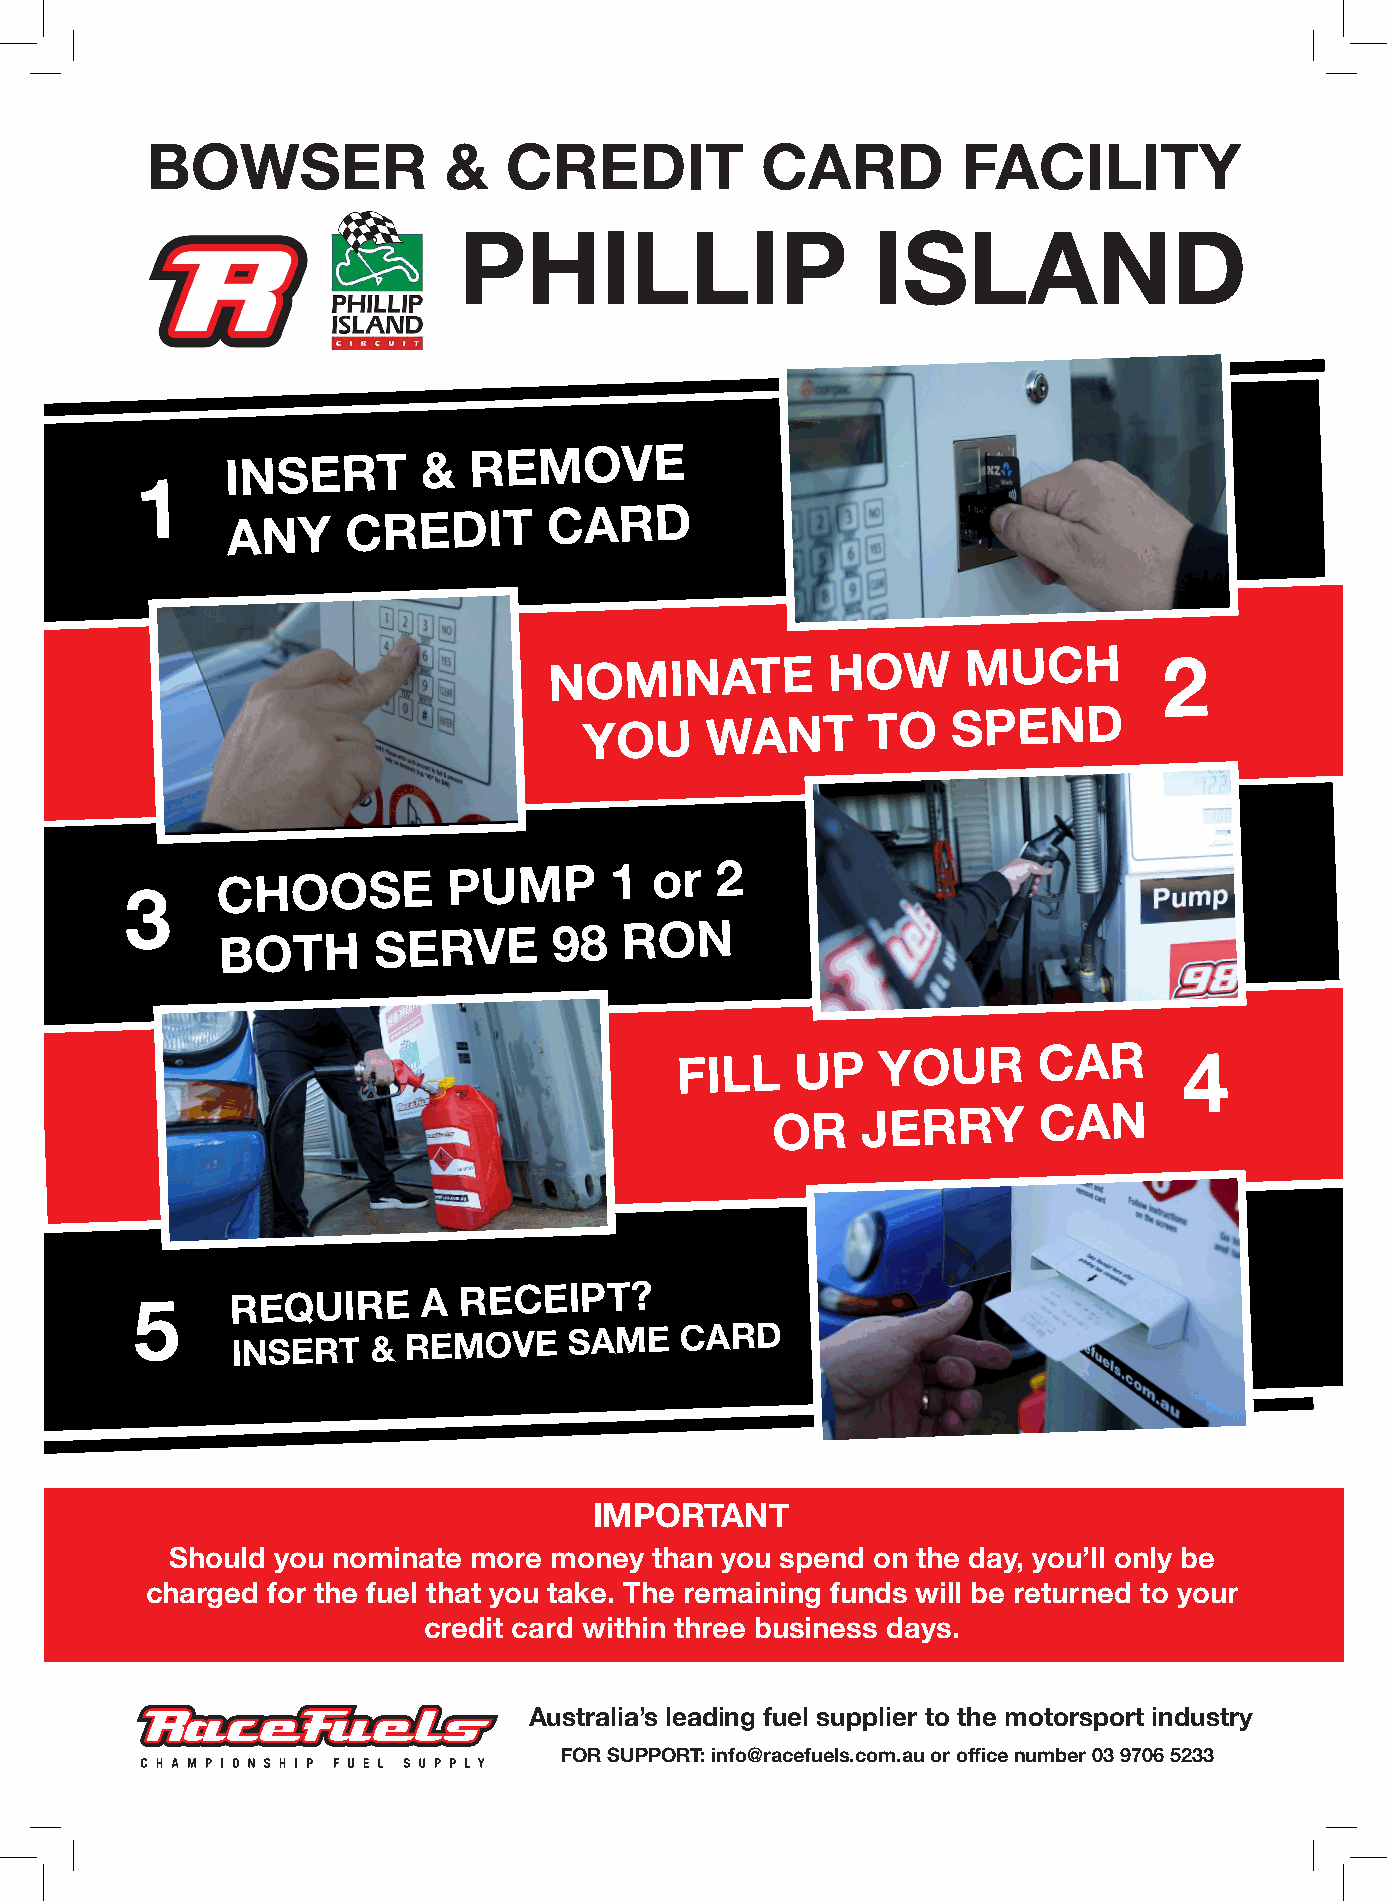
BOWSER             &   CREDIT           CARD          FACILITY
 PHILLIP                     ISLAND
 INSERT       &
 REMOVE
 1
 ANY
 CREDIT       CARD
 NOMINATE           HOW      MUCH
 2
 YOU     WANT       TO
 SPEND
 CHOOSE          PUMP      1  or  2
 3
 BOTH      SERVE       98  RON
 FILL    UP   YOUR       CAR      4
 OR    JERRY       CAN
 REQUIRE      A
 RECEIPT?
 5
 INSERT    & REMOVE     SAME   CARD
 IMPORTANT
 Should you nominate more money  than you spend on the day, you’ll only be
 charged for the fuel that you take. The remaining funds will be returned to your
 credit card within three business days.
 Australia’s leading fuel supplier to the motorsport industry
 FOR SUPPORT: info@racefuels.com.au or office number 03 9706 5233